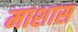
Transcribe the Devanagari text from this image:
माशास